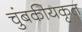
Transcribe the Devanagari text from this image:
चुंबकीयकृत